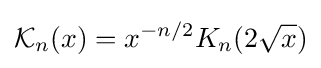
{\mathcal {K}}_{n}(x)=x^{-n/2}K_{n}(2{\sqrt {x}})